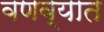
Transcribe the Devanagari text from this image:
वणव्यात